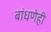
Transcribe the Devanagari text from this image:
बांधणेही